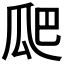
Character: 𭺗